Plague in India, 1896, 1897 - Volume 3
Year: 1896
Disease focus: Plague
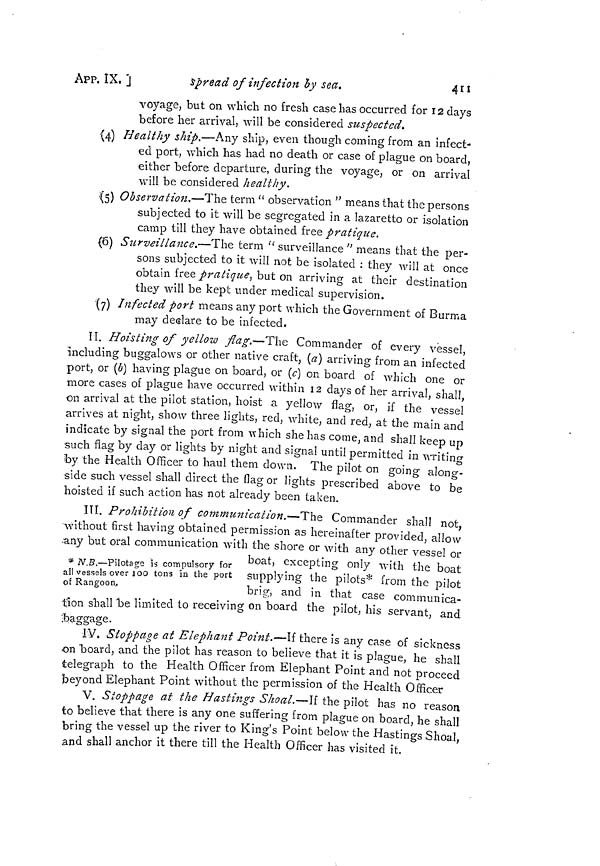
411
APP. IX. ]
spread of infection by sea.
voyage, but on which no fresh case has occurred for 12 days
before her arrival, will be considered suspected.
(4) Healthy ship.—Any ship, even though coming from an infect-
ed port, which has had no death or case of plague on board,
either before departure, during the voyage, or on arrival
will be considered healthy.
(5) Observation.—The term " observation " means that the persons
subjected to it will be segregated in a lazaretto or isolation
camp till they have obtained free pratique.
(6) Surveillance.—The term "surveillance" means that the per-
sons subjected to it will not be isolated : they will at once
obtain free pratique, but on arriving at their destination
they will be kept under medical supervision.
(7) Infected port means any port which the Government of Burma
may declare to be infected.
II. Hoisting of yellow flag.—The Commander of every vessel,
including buggalows or other native craft, (a) arriving from an infected
port, or (b) having plague on board, or (c) on board of which one or
more cases of plague have occurred within 12 days of her arrival, shall,
on arrival at the pilot station, hoist a yellow flag, or, if the vessel
arrives at night, show three lights, red, white, and red, at the main and
indicate by signal the port from which she has come, and shall keep up
such flag by day or lights by night and signal until permitted in writing
by the Health Officer to haul them down. The pilot on going along-
side such vessel shall direct the flag or lights prescribed above to be
hoisted if such action has not already been taken.
III. Prohibition of communication.—The Commander shall not,
without first having obtained permission as hereinafter provided, allow
-any but oral communication with the shore or with any other vessel or
* N.B.—Pilotage is compulsory for
all vessels over 100 tons in the port
of Rangoon,
boat, excepting only with the boat
supplying the pilots* from the pilot
brig, and in that case communica-
tion shall be limited to receiving on board the pilot, his servant, and
.baggage.
IV. Stoppage at Elephant Point.—If there is any case of sickness
on "board, and the pilot has reason to believe that it is plague, he shall
telegraph to the Health Officer from Elephant Point and not proceed
beyond Elephant Point without the permission of the Health Officer
V. Stoppage at the Hastings Shoal.—If the pilot has no reason
to believe that there is any one suffering from plague on board, he shall
bring the vessel up the river to King's Point below the Hastings Shoa.1,
and shall anchor it there till the Health Officer has visited it.